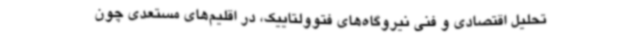
تحلیل اقتصادی و فنی نیروگاه‌های فتوولتاییک، در اقلیم‌های مستعدی چون